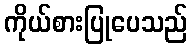
ကိုယ်စားပြုပေသည်